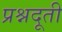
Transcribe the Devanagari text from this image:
प्रश्नदूती